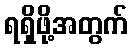
ရရှိဖို့အတွက်